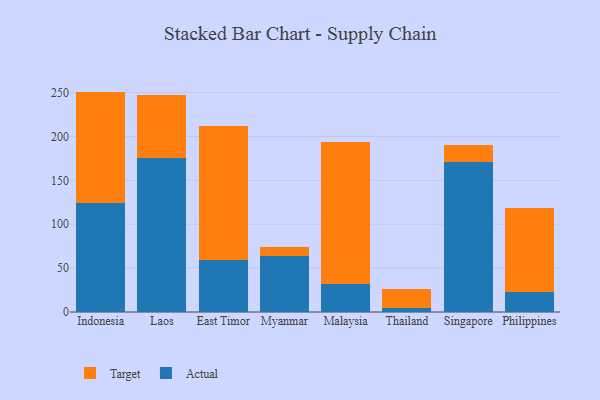
{"axis": {"x": "Country", "y": "Energy Usage (MWh)"}, "legend": ["Actual", "Target"], "data": [{"x": "Indonesia", "y": 123.9, "type": "Actual"}, {"x": "Indonesia", "y": 127.3, "type": "Target"}, {"x": "Laos", "y": 176.0, "type": "Actual"}, {"x": "Laos", "y": 71.0, "type": "Target"}, {"x": "East Timor", "y": 59.4, "type": "Actual"}, {"x": "East Timor", "y": 153.1, "type": "Target"}, {"x": "Myanmar", "y": 63.6, "type": "Actual"}, {"x": "Myanmar", "y": 10.5, "type": "Target"}, {"x": "Malaysia", "y": 31.4, "type": "Actual"}, {"x": "Malaysia", "y": 161.9, "type": "Target"}, {"x": "Thailand", "y": 5.1, "type": "Actual"}, {"x": "Thailand", "y": 20.9, "type": "Target"}, {"x": "Singapore", "y": 170.9, "type": "Actual"}, {"x": "Singapore", "y": 19.3, "type": "Target"}, {"x": "Philippines", "y": 22.3, "type": "Actual"}, {"x": "Philippines", "y": 96.0, "type": "Target"}]}